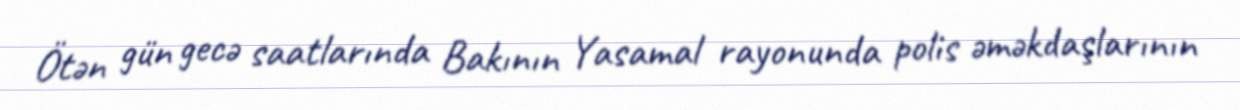
Ötən gün gecə saatlarında Bakının Yasamal rayonunda polis əməkdaşlarının